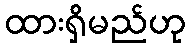
ထားရှိမည်ဟု